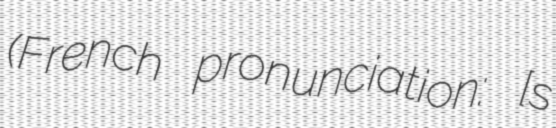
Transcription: (French pronunciation: ​[sɛ̃